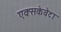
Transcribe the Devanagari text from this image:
एक्सकेवेटा